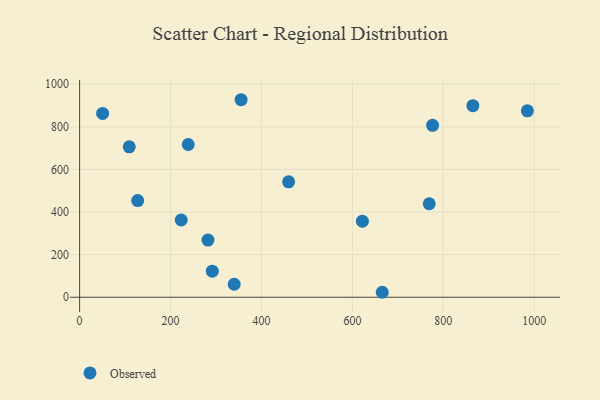
{"axis": {"x": "Price", "y": "Profit"}, "legend": ["Observed"], "data": [{"x": "340.0", "y": 61.1, "type": "Observed"}, {"x": "109.2", "y": 706.4, "type": "Observed"}, {"x": "355.2", "y": 927.5, "type": "Observed"}, {"x": "291.8", "y": 122.6, "type": "Observed"}, {"x": "984.9", "y": 875.4, "type": "Observed"}, {"x": "282.3", "y": 268.4, "type": "Observed"}, {"x": "223.5", "y": 362.7, "type": "Observed"}, {"x": "776.4", "y": 807.4, "type": "Observed"}, {"x": "238.9", "y": 717.2, "type": "Observed"}, {"x": "665.7", "y": 23.3, "type": "Observed"}, {"x": "769.0", "y": 439.0, "type": "Observed"}, {"x": "50.6", "y": 863.0, "type": "Observed"}, {"x": "127.7", "y": 453.7, "type": "Observed"}, {"x": "865.0", "y": 899.4, "type": "Observed"}, {"x": "622.0", "y": 357.4, "type": "Observed"}, {"x": "459.7", "y": 541.8, "type": "Observed"}]}